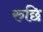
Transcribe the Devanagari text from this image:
रुछि